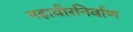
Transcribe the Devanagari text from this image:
महावीरनिर्वाण